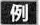
例